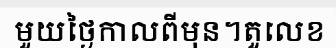
មួយថ្ងៃកាលពីមុន។តួលេខ